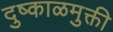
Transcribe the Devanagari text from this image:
दुष्काळमुक्ती